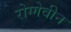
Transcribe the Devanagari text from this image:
रोग्गेवीन